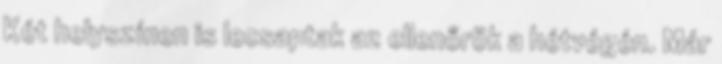
Két helyszínen is lecsaptak az ellenőrök a hétvégén. Már